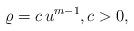
LaTeX: \begin{align*}\varrho= c\, u^{m-1}, c > 0,\end{align*}